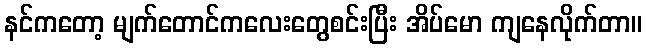
နင်ကတော့ မျက်တောင်ကလေးတွေစင်းပြီး အိပ်မော ကျနေလိုက်တာ။